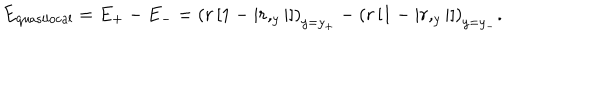
LaTeX: E _ { \mathrm { q u a s i l o c a l } } = E _ { + } - E _ { - } = \left( r \left[ 1 - \left| r , _ { y } \right| \right] \right) _ { y = y _ { + } } - \left( r \left[ 1 - \left| r , _ { y } \right| \right] \right) _ { y = y _ { - } } .